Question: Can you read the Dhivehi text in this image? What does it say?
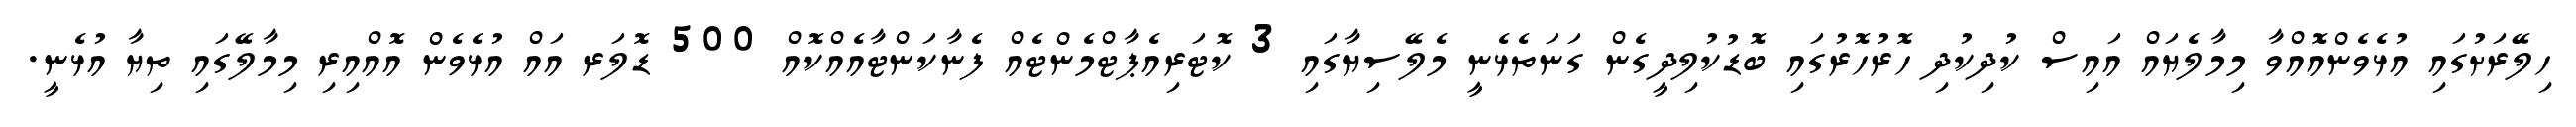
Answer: ހިލޭރަށުގައި އުޅެވެންއޮއްވާ މިމާލެޔައް އައިސް ކުދިކުދި ހޮރުހޮރުގައި ބޮޑުކުލިދީގެން ގަނަތެޅެނީ މެލޭސިޔާގައި 3 ކޮޓަރިއެޕާޓްމެންޓެއް ފެނާކަންޓާއެއްކޮއް 500 ޑޮލަރ އައް އުޅެވެން އޮއްއިރި މިމާލޭގައި ތިޔާ އުޅެނީ.